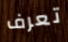
تعرف